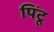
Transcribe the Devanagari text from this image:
पिंटू